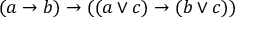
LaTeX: ( a \rightarrow b ) \rightarrow ( ( a \lor c ) \rightarrow ( b \lor c ) )